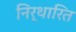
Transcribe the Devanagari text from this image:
निर्थारित